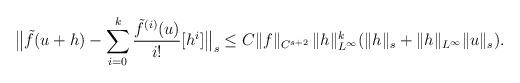
LaTeX: \begin{align*}\big\| \tilde f(u+h) - \sum_{i = 0}^k \frac{\tilde{f}^{(i)}(u)}{i !} [h^i] \big\|_s\leq C \| f \|_{C^{s+ 2}} \, \| h \|_{L^\infty}^k ( \| h \|_{s} + \| h \|_{L^\infty} \| u \|_{s}).\end{align*}